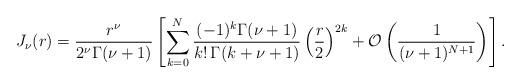
LaTeX: \begin{align*}J_\nu(r) = \frac{r^\nu}{2^\nu \Gamma(\nu+1) } \left[ \sum_{k=0}^N \frac{ (-1)^k \Gamma(\nu+1)}{k! \, \Gamma(k+\nu+1)} \left( \frac{r}{2} \right)^{2k} + \mathcal O\left( \frac{1}{(\nu+1)^{N+1}} \right) \right].\end{align*}